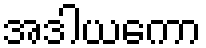
အဒါယကော